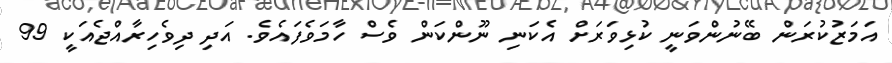
އަމަޒުކުރަން ބޭނުންވަނީ ކުޅިވަރަށް އެކަނި ނޫންކަން ވެސް ހާމަވެފައެވެ. އަދި ދިވެހިރާއްޖެއަކީ 99